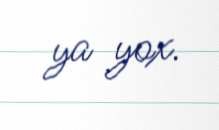
ya yox.